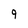
Character: 9